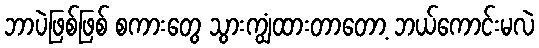
ဘာပဲဖြစ်ဖြစ် စကားတွေ သွားကျွံထားတာတော့ ဘယ်ကောင်းမလဲ